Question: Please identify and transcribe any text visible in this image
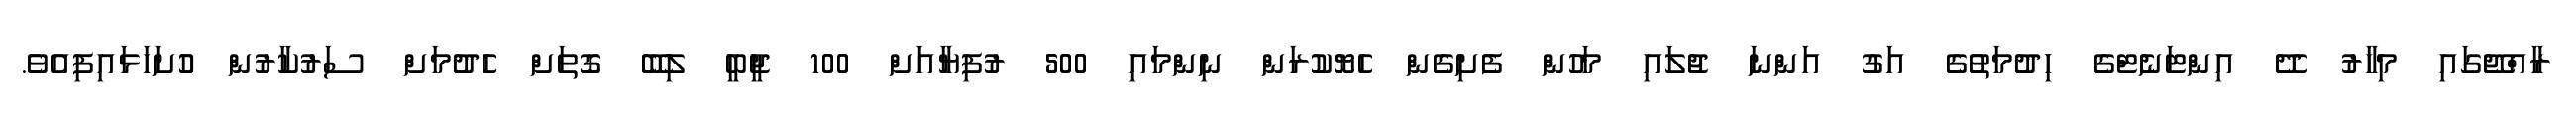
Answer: ރާއްޖޭގައި މިހާރު ދޭ އިންޓަނެޓްގެ ހިދުމަތުގެ އަގު އަންނަ ޖުލައި މަހުން ފެށިގެން ހެޔޮކުރަން ނިންމައި 500 ރުފިޔާއަށް 100 ޖީބީ ލިބޭ ގޮތަށް ހެދުމަށް ސަރުކާރުން ހުުށަހަޅައިފިއެވެ.